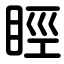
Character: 䀴